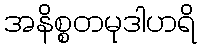
အနိစ္စတမုဒါဟရိ